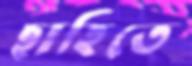
ছাহিতে